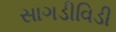
સાગડીવિડી